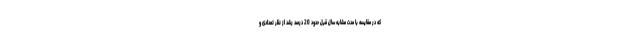
که در مقایسه با مدت مشابه سال قبل حدود 20 درصد رشد از نظر تعدادی و